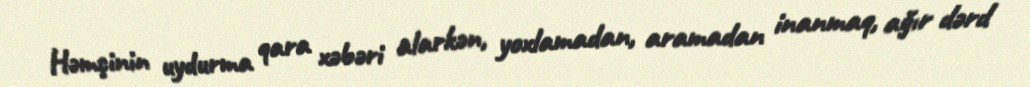
Həmçinin uydurma qara xəbəri alarkən, yoxlamadan, aramadan inanmaq, ağır dərd